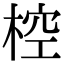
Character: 椌